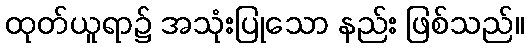
ထုတ်ယူရာ၌ အသုံးပြုသော နည်း ဖြစ်သည်။